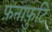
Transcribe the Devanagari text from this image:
फ़नाफ़ुटि